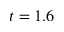
t = 1 . 6